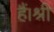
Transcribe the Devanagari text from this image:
हैं।श्री